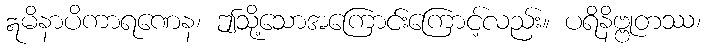
ဣမိနာပိကာရဏေန၊ ဤသို့သောအကြောင်းကြောင့်လည်း။ ပရိနိဗ္ဗုတဿ၊